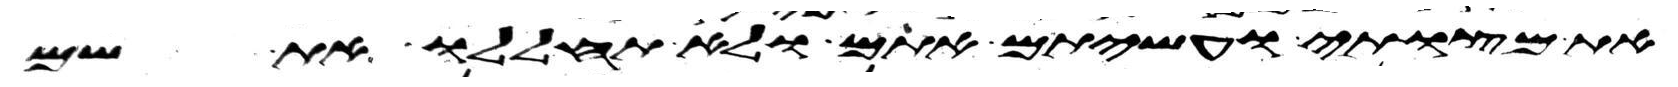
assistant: את מצותי ועשיתם אתם ולא תחללו את שם